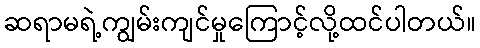
ဆရာမရဲ့ကျွမ်းကျင်မှုကြောင့်လို့ထင်ပါတယ်။